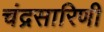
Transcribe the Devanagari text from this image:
चंद्रसारिणी